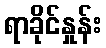
ရာခိုင်နှုန်း